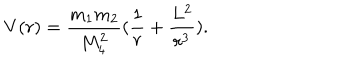
V ( r ) = \frac { m _ { 1 } m _ { 2 } } { M _ { 4 } ^ { 2 } } ( \frac { 1 } { r } + \frac { L ^ { 2 } } { r ^ { 3 } } ) .